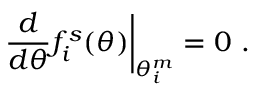
\left. \frac { d } { d \theta } f _ { i } ^ { s } ( \theta ) \right| _ { \theta _ { i } ^ { m } } = 0 \, \, .